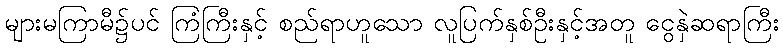
များမကြာမီ၌ပင် ကြံကြီးနှင့် စည်ရာဟူသော လူပြက်နှစ်ဦးနှင့်အတူ ငွေနှဲဆရာကြီး